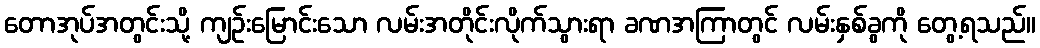
တောအုပ်အတွင်းသို့ ကျဉ်းမြောင်းသော လမ်းအတိုင်းလိုက်သွားရာ ခဏအကြာတွင် လမ်းနှစ်ခွကို တွေ့ရသည်။